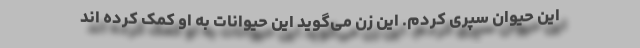
این حیوان سپری کردم. این زن می‌گوید این حیوانات به او کمک کرده اند